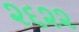
૨૬૨૨